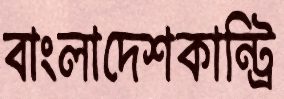
বাংলাদেশকান্ট্রি